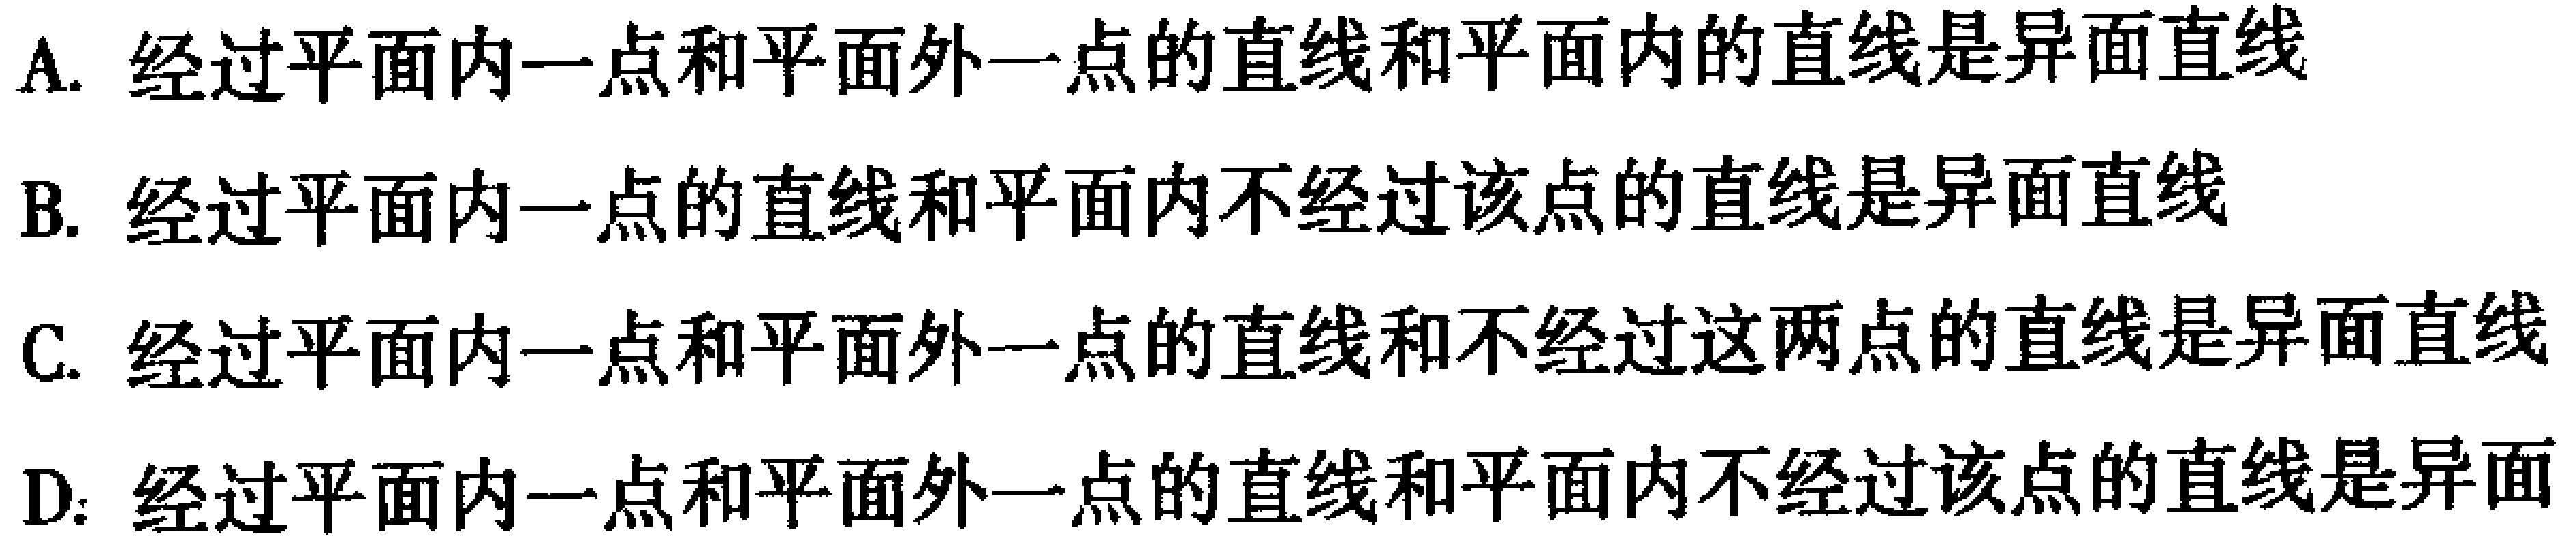
A. 经过平面内一点和平面外一点的直线和平面内的直线是异面直线
B. 经过平面内一点的直线和平面内不经过该点的直线是异面直线
C. 经过平面内一点和平面外一点的直线和不经过这两点的直线是异面直线
D. 经过平面内一点和平面外一点的直线和平面内不经过该点的直线是异面